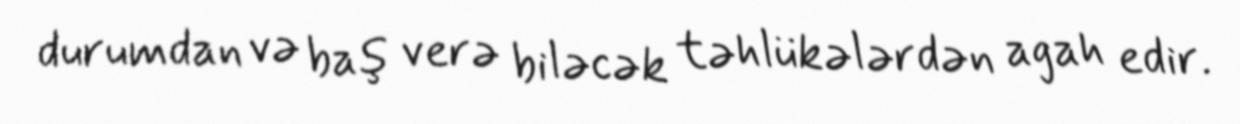
durumdan və baş verə biləcək təhlükələrdən agah edir.